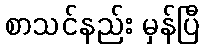
စာသင်နည်း မှန်ပြီ